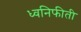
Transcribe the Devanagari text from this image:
ध्वनिफीती